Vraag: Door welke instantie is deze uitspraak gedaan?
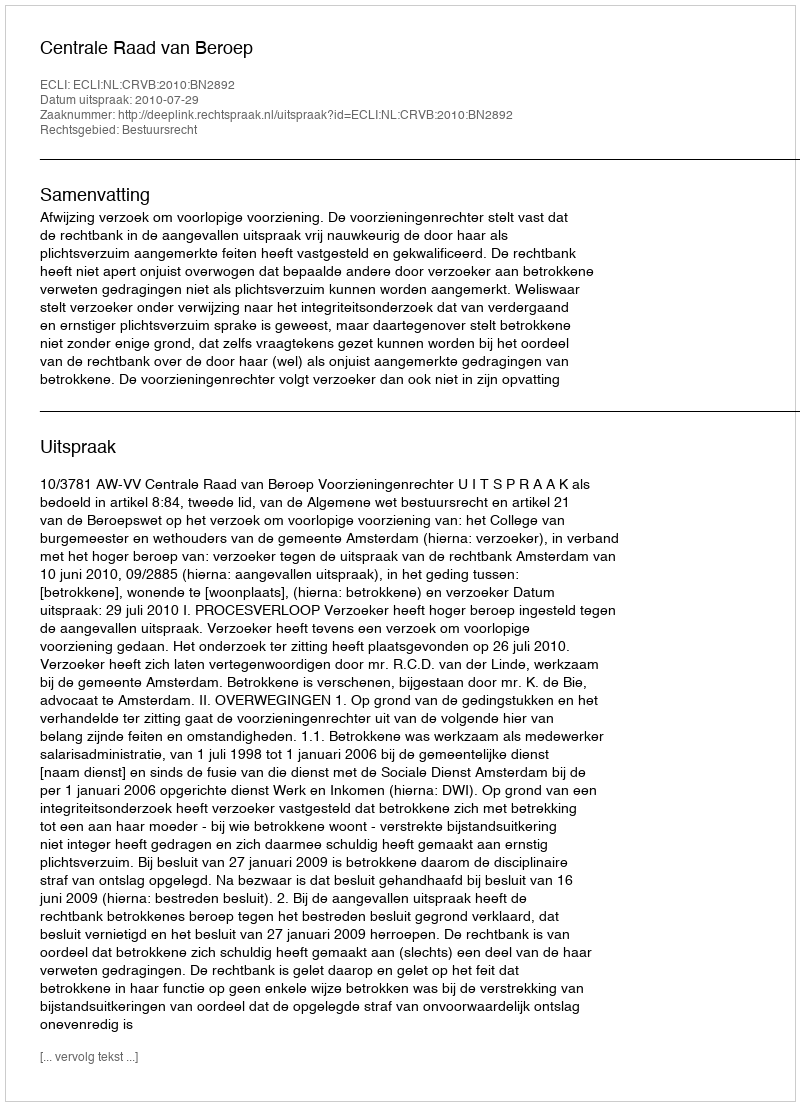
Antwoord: Centrale Raad van Beroep